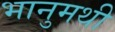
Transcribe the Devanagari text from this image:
भानुमथी